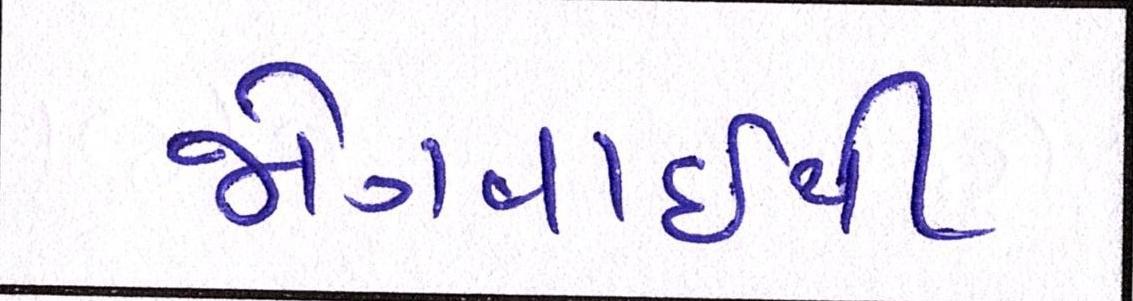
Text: જોગવાઈથી